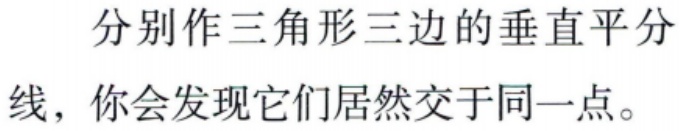
分别作三角形三边的垂直平分线，你会发现它们居然交于同一点。